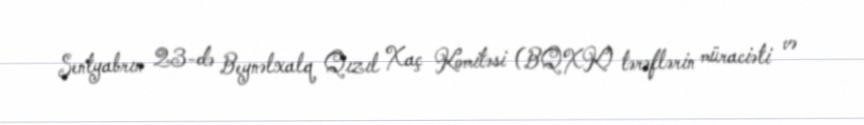
Sentyabrın 23-də Beynəlxalq Qızıl Xaç Komitəsi (BQXK) tərəflərin müraciəti və